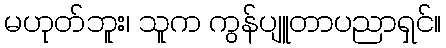
မဟုတ်ဘူး၊ သူက ကွန်ပျူတာပညာရှင်။